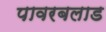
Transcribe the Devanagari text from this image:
पावरबलाड